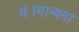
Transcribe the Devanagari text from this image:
थे।मान्यता